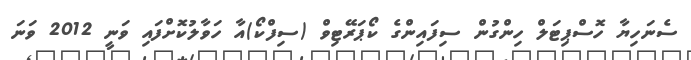
ސެނަހިޔާ ހޮސްޕިޓަލް ހިންގުން ސިފައިންގެ ކޯޕަރޭޓިވް (ސިފްކޯ)އާ ހަވާލުކޮށްފައި ވަނީ 2012 ވަނަ